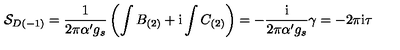
{ \cal S } _ { D ( - 1 ) } = \frac { 1 } { 2 \pi \alpha ^ { \prime } g _ { s } } \left( \int B _ { ( 2 ) } + \mathrm { i } \int C _ { ( 2 ) } \right) = - \frac { \mathrm { i } } { 2 \pi \alpha ^ { \prime } g _ { s } } \gamma = - 2 \pi \mathrm { i } \tau